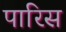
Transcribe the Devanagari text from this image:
पारिस